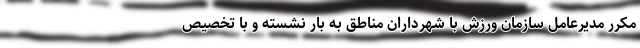
مکرر مدیرعامل سازمان ورزش با شهرداران مناطق به بار نشسته و با تخصیص